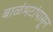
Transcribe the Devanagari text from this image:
बाळंभटांपासून